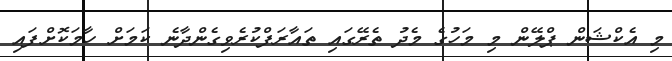
މި އެކްޝަން ޕްލޭން މި މަހުގެ މެދު ތެރޭގައި ތައާރަފްކުރެވިގެންދާނެ ކަމަށް ހާމަކޮށްފައި